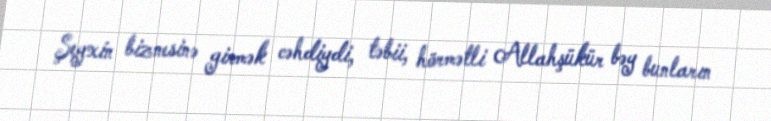
Şeyxin biznesinə girmək cəhdiydi, təbii, hörmətli Allahşükür bəy bunların